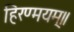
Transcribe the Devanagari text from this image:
हिरण्मयम्॥